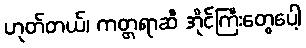
ဟုတ်တယ်၊ ကတ္တရာဆီ အိုင်ကြီးတွေပေါ့